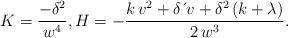
LaTeX: \begin{align*}K=\frac{-\delta^{2}}{w^{4}},H=-\frac{k\,v^{2}+\delta \,\acute{}\,v+\delta^{2}\left( k+\lambda \right) }{2\,w^{3}}.\end{align*}